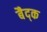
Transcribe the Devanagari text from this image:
बैद्क